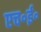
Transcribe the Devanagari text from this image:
एच॰ई॰